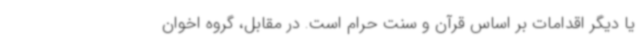
یا دیگر اقدامات بر اساس قرآن و سنت حرام است. در مقابل، گروه اخوان